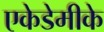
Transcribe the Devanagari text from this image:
एकेडेमीके